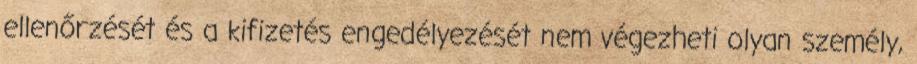
ellenőrzését és a kifizetés engedélyezését nem végezheti olyan személy,